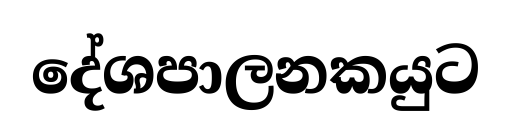
දේශපාලනකයුට